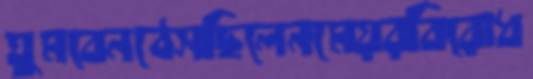
ঘুমবেনঠেসছিলেনমেয়রবিরোধ